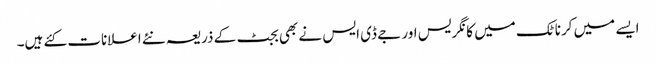
ایسے میں کرناٹک میں کانگریس اور جے ڈی ایس نے بھی بجٹ کے ذریعہ نئے اعلانات کئے ہیں۔